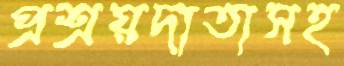
প্রশ্রয়দাতাসহ